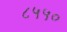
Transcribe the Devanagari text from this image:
८५५०